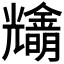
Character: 𠓓